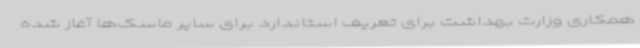
همکاری وزارت بهداشت برای تعریف استاندارد برای سایر ماسک‌ها آغاز شده